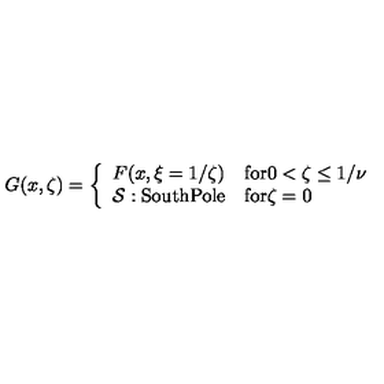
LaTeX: G ( x , \zeta ) = \left\{ \begin{array} { l l } { F ( x , \xi = 1 / \zeta ) } & { \mathrm { f o r 0 < \zeta \leq 1 / \nu } } \\ { { \cal S } : \mathrm { S o u t h P o l e } } & { \mathrm { f o r \zeta = 0 } } \\ \end{array} \right.